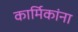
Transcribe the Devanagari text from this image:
कार्मिकांना